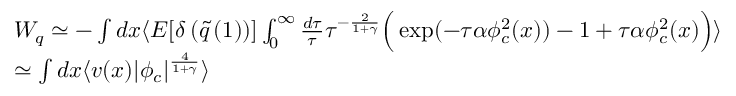
\begin{array} { l } { { W _ { q } \simeq - \int d x \langle E [ \delta \left( \tilde { q } \left( 1 \right) \right) ] \int _ { 0 } ^ { \infty } \frac { d \tau } { \tau } \tau ^ { - \frac { 2 } { 1 + \gamma } } \Big ( \exp ( - \tau \alpha \phi _ { c } ^ { 2 } ( x ) ) - 1 + \tau \alpha \phi _ { c } ^ { 2 } ( x ) \Big ) \rangle } } \\ { { \simeq \int d x \langle v ( x ) \vert \phi _ { c } \vert ^ { \frac { 4 } { 1 + \gamma } } \rangle } } \end{array}